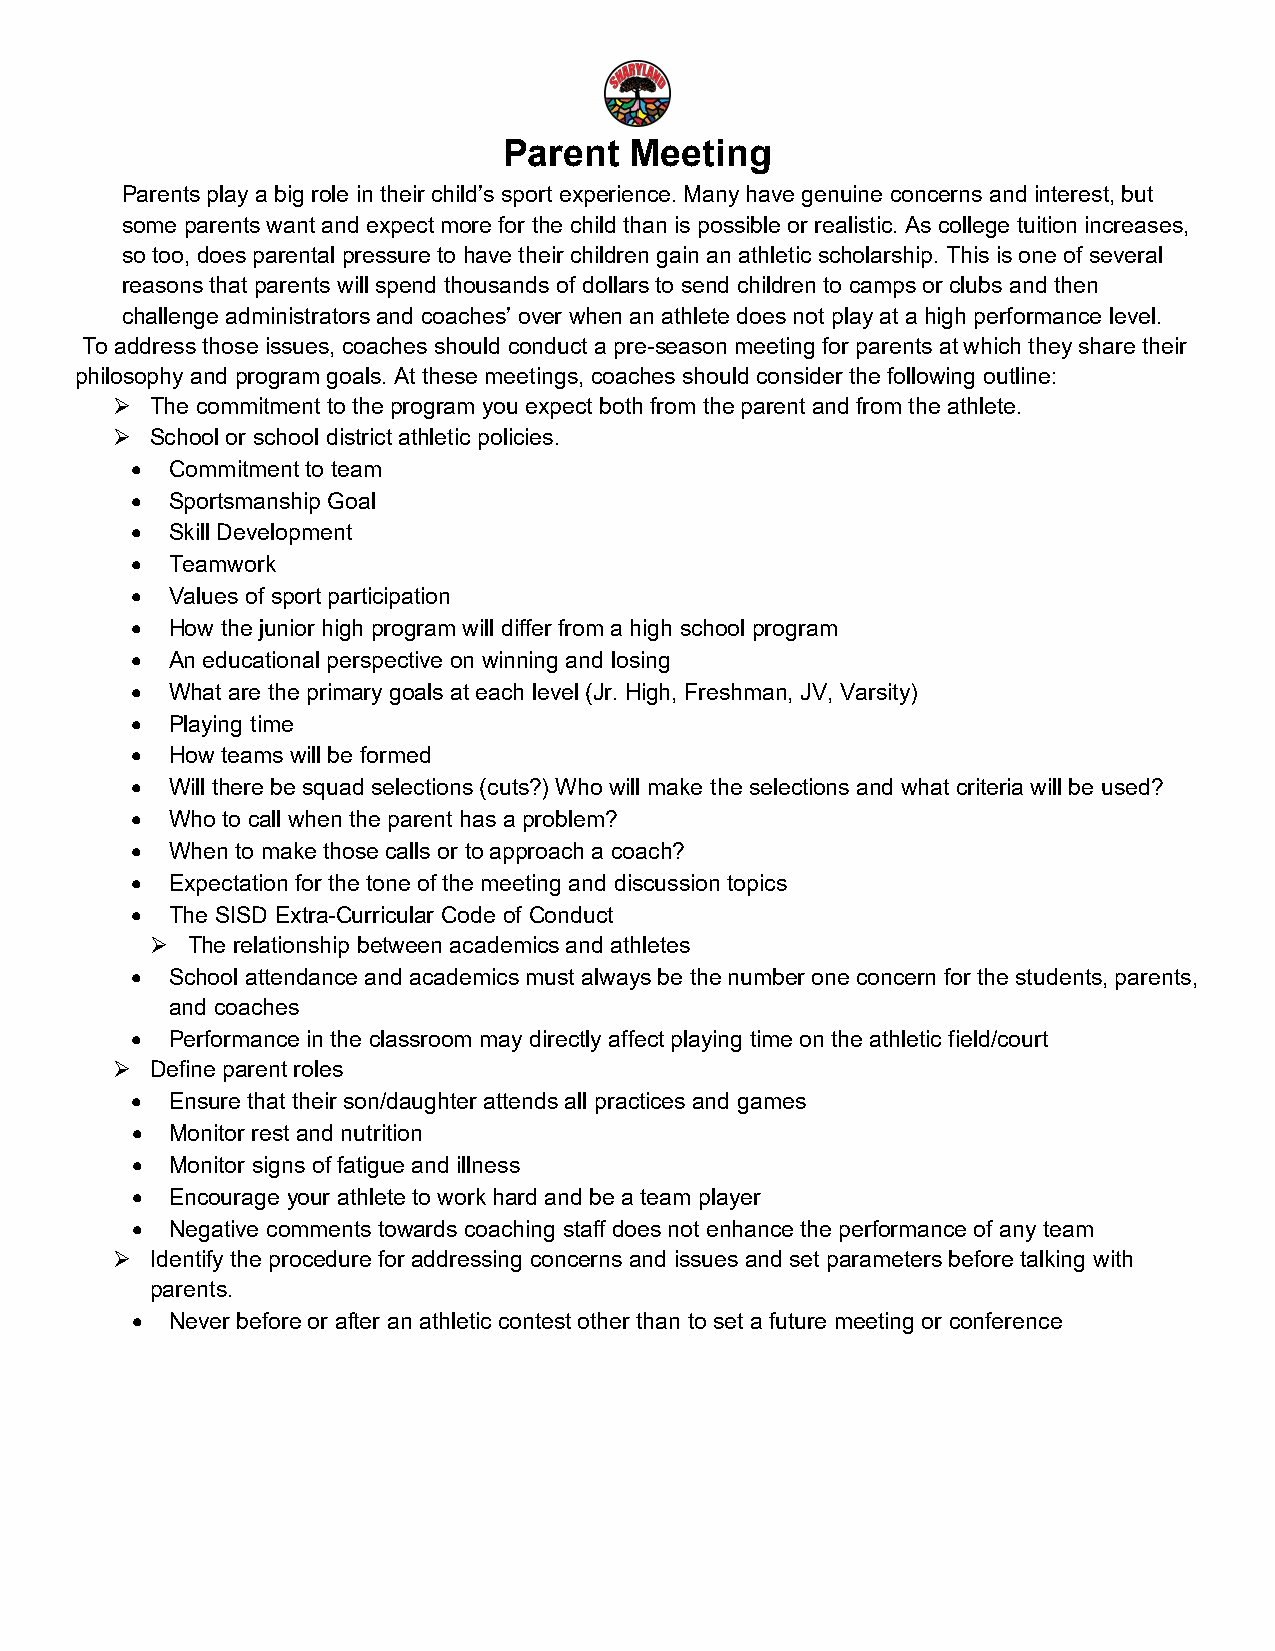
Parent   Meeting
 Parents play a big role in their child’s sport experience. Many have genuine concerns and interest, but
 some parents want and expect more for the child than is possible or realistic. As college tuition increases,
 so too, does parental pressure to have their children gain an athletic scholarship. This is one of several
 reasons that parents will spend thousands of dollars to send children to camps or clubs and then
 challenge administrators and coaches’ over when an athlete does not play at a high performance level.
 To address those issues, coaches should conduct a pre-season meeting for parents at which they share their
 philosophy and program goals. At these meetings, coaches should consider the following outline:
   The commitment to the program you expect both from the parent and from the athlete.
   School or school district athletic policies.
 • Commitment to team
 • Sportsmanship Goal
 • Skill Development
 • Teamwork
 • Values of sport participation
 • How the junior high program will differ from a high school program
 • An educational perspective on winning and losing
 • What are the primary goals at each level (Jr. High, Freshman, JV, Varsity)
 • Playing time
 • How teams will be formed
 • Will there be squad selections (cuts?) Who will make the selections and what criteria will be used?
 • Who to call when the parent has a problem?
 • When to make those calls or to approach a coach?
 • Expectation for the tone of the meeting and discussion topics
 • The SISD Extra-Curricular Code of Conduct
  The relationship between academics and athletes
 • School attendance and academics must always be the number one concern for the students, parents,
 and coaches
 • Performance in the classroom may directly affect playing time on the athletic field/court
   Define parent roles
 • Ensure that their son/daughter attends all practices and games
 • Monitor rest and nutrition
 • Monitor signs of fatigue and illness
 • Encourage your athlete to work hard and be a team player
 • Negative comments towards coaching staff does not enhance the performance of any team
   Identify the procedure for addressing concerns and issues and set parameters before talking with
 parents.
 • Never before or after an athletic contest other than to set a future meeting or conference